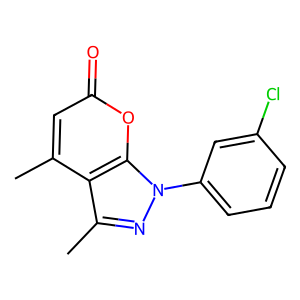
SMILES: Cc1cc(=O)oc2c1c(C)nn2-c1cccc(Cl)c1
Inhibits HIV replication: No